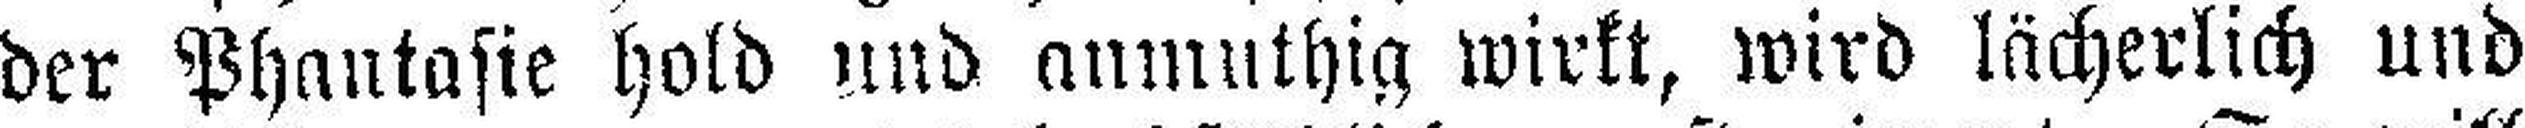
der Phantasie hold und anmuthig wirkt, wird lächerlich und